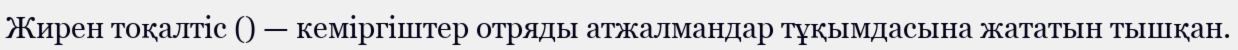
Жирен тоқалтіс () — кеміргіштер отряды атжалмандар тұқымдасына жататын тышқан.